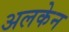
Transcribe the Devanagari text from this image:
अलकेन